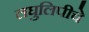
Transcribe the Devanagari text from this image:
लघुलिपीचे